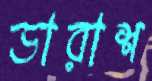
ডারাশ